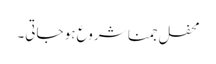
محفل جمنا شروع ہو جاتی۔